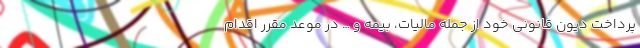
پرداخت دیون قانونی خود از جمله مالیات، بیمه و … در موعد مقرر اقدام